Trukikaitis_Postimees, lk 93
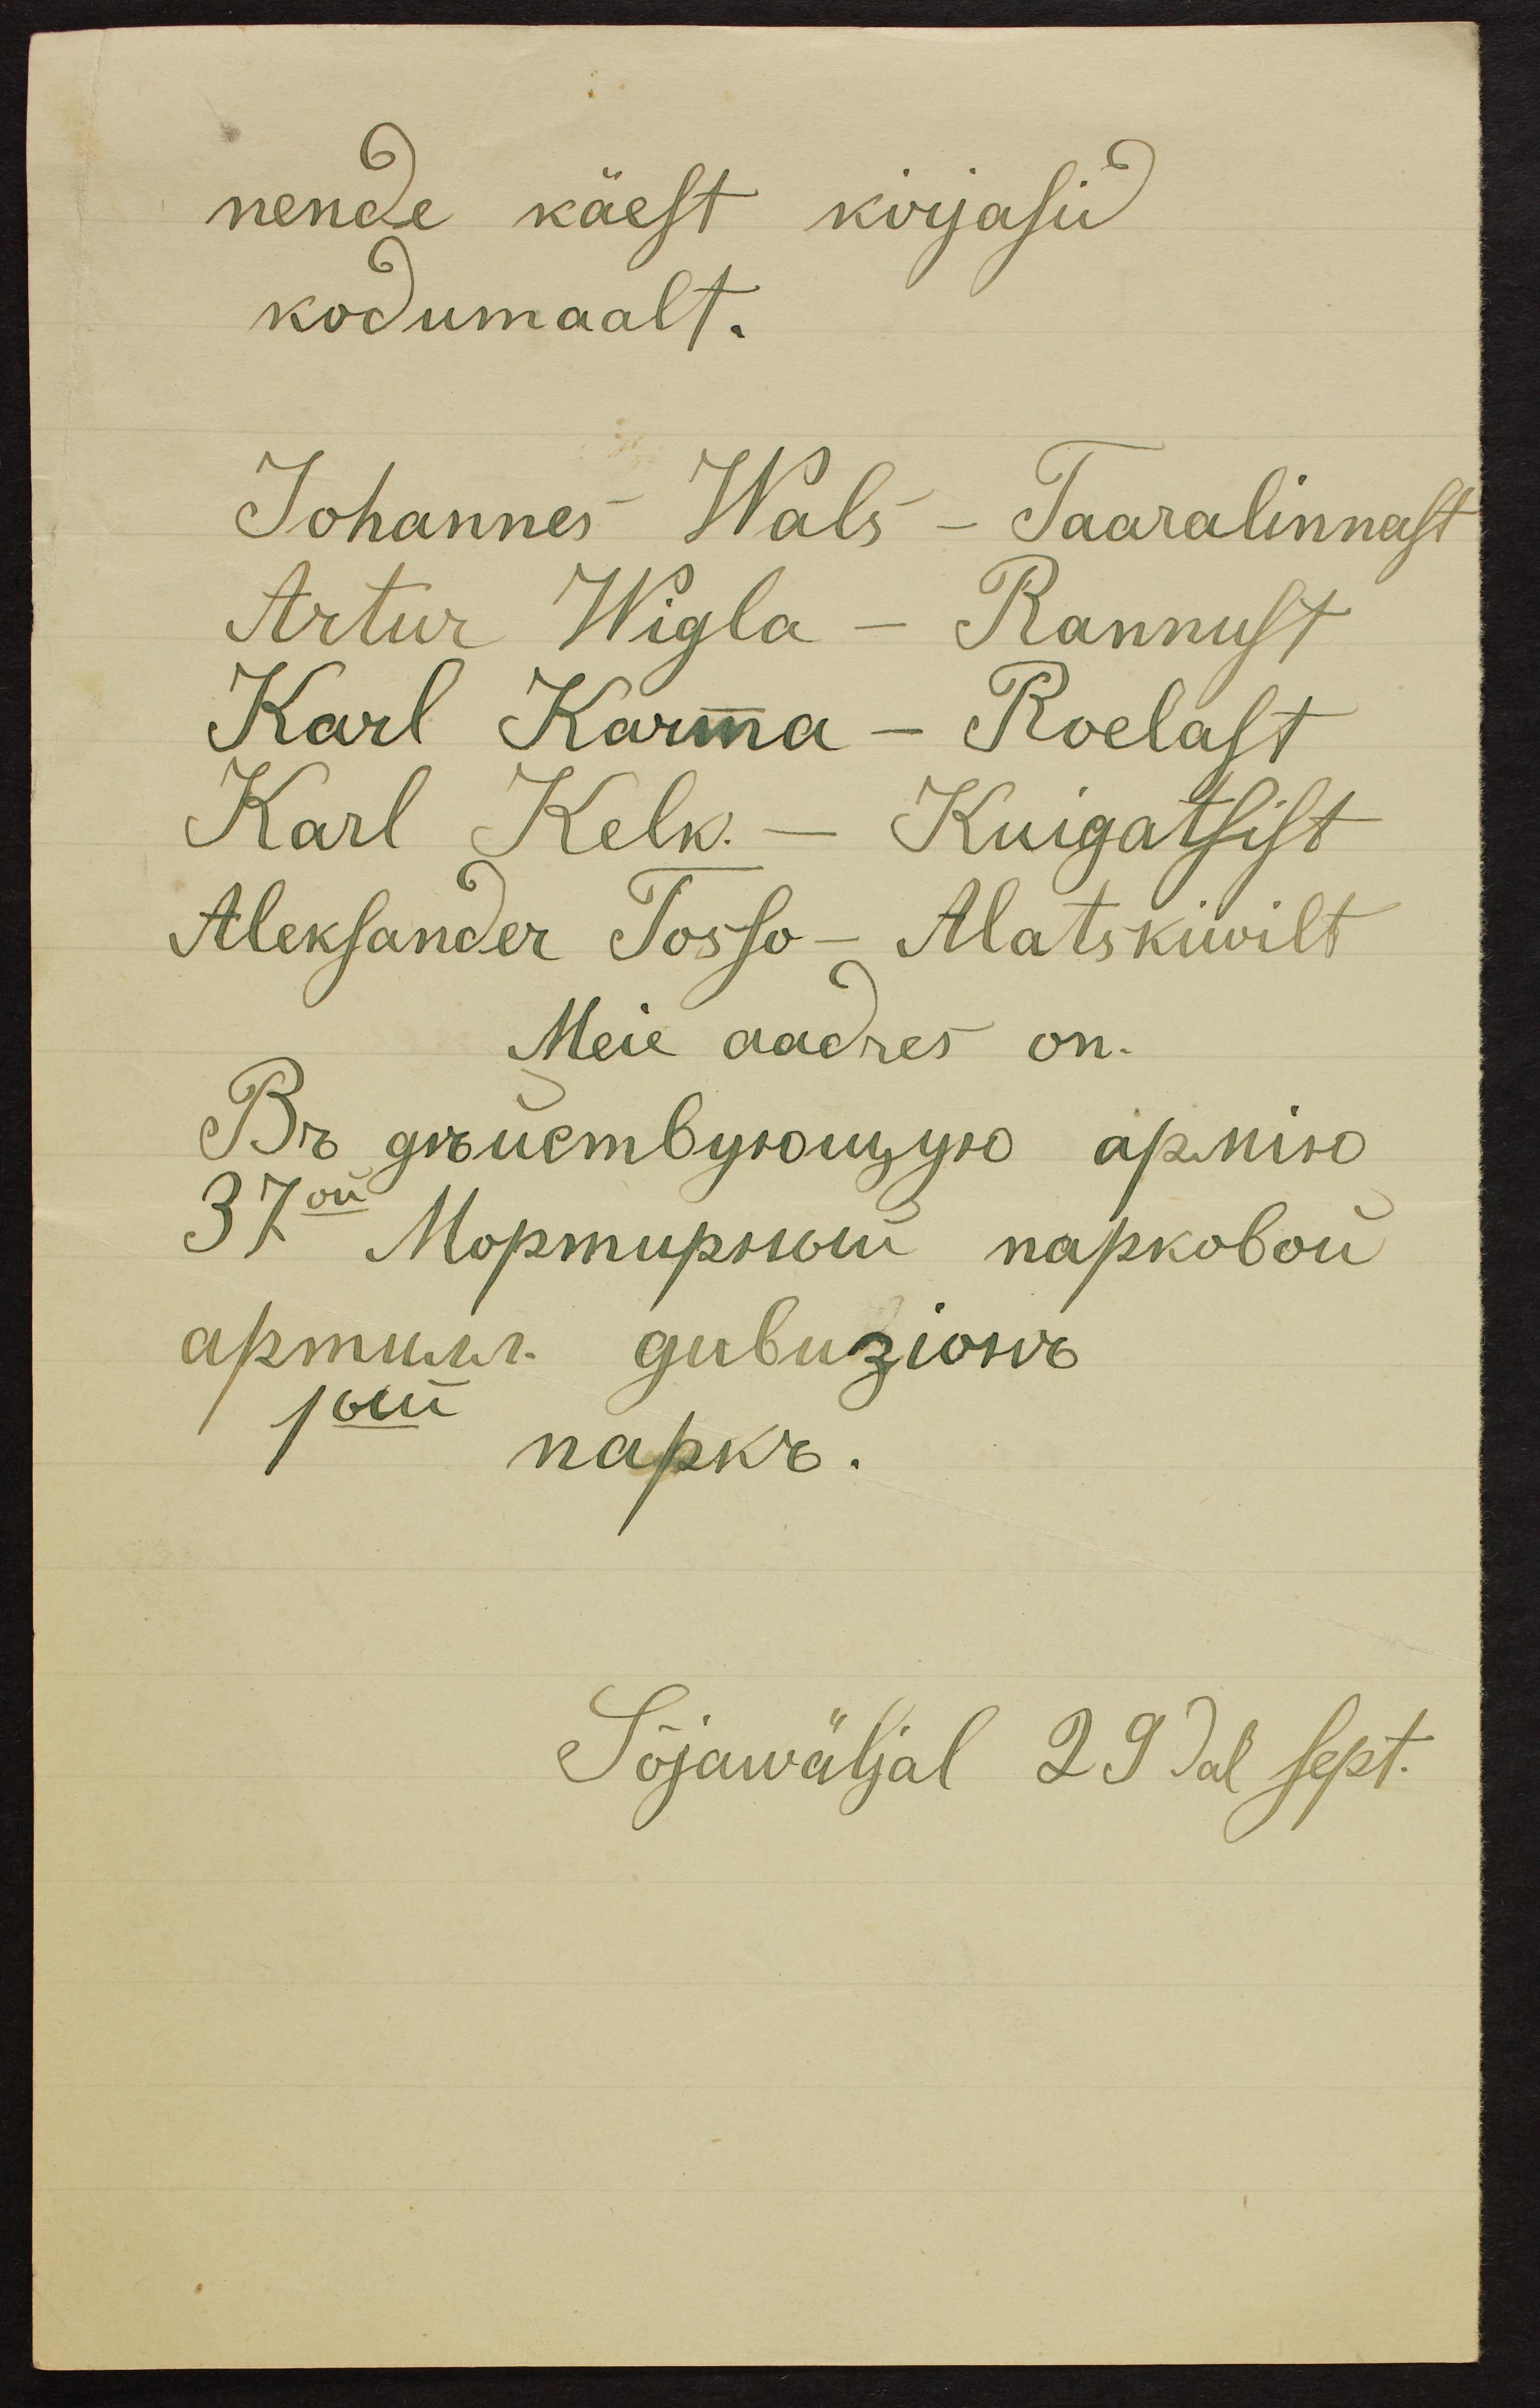
nende käest kirjasid
kodumaalt.
Johannes Wals - Taaralinnast
Artur Wigla - Rannust
Karl Karma - Roelast
Karl Kelk. - Kuigatsist
Aleksander Tosso - Alatskiwilt
Meie aadres on.
Sõjawäljal 29dal sept.